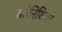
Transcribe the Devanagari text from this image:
कोनिशिकी